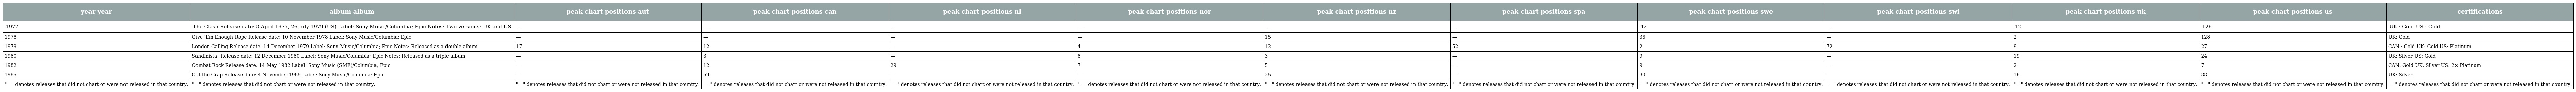
| year year | album album | peak chart positions aut | peak chart positions can | peak chart positions nl | peak chart positions nor | peak chart positions nz | peak chart positions spa | peak chart positions swe | peak chart positions swi | peak chart positions uk | peak chart positions us | certifications |
 | --- | --- | --- | --- | --- | --- | --- | --- | --- | --- | --- | --- | --- |
 | 1977 | The Clash Release date: 8 April 1977, 26 July 1979 (US) Label: Sony Music/Columbia; Epic Notes: Two versions: UK and US | — | — | — | — | — | — | 42 | — | 12 | 126 | UK : Gold US : Gold |
 | 1978 | Give 'Em Enough Rope Release date: 10 November 1978 Label: Sony Music/Columbia; Epic | — | — | — | — | 15 | — | 36 | — | 2 | 128 | UK: Gold |
 | 1979 | London Calling Release date: 14 December 1979 Label: Sony Music/Columbia; Epic Notes: Released as a double album | 17 | 12 | — | 4 | 12 | 52 | 2 | 72 | 9 | 27 | CAN : Gold UK: Gold US: Platinum |
 | 1980 | Sandinista! Release date: 12 December 1980 Label: Sony Music/Columbia; Epic Notes: Released as a triple album | — | 3 | — | 8 | 3 | — | 9 | — | 19 | 24 | UK: Silver US: Gold |
 | 1982 | Combat Rock Release date: 14 May 1982 Label: Sony Music (SME)/Columbia; Epic | — | 12 | 29 | 7 | 5 | — | 9 | — | 2 | 7 | CAN: Gold UK: Silver US: 2× Platinum |
 | 1985 | Cut the Crap Release date: 4 November 1985 Label: Sony Music/Columbia; Epic | — | 59 | — | — | 35 | — | 30 | — | 16 | 88 | UK: Silver |
 | "—" denotes releases that did not chart or were not released in that country. | "—" denotes releases that did not chart or were not released in that country. | "—" denotes releases that did not chart or were not released in that country. | "—" denotes releases that did not chart or were not released in that country. | "—" denotes releases that did not chart or were not released in that country. | "—" denotes releases that did not chart or were not released in that country. | "—" denotes releases that did not chart or were not released in that country. | "—" denotes releases that did not chart or were not released in that country. | "—" denotes releases that did not chart or were not released in that country. | "—" denotes releases that did not chart or were not released in that country. | "—" denotes releases that did not chart or were not released in that country. | "—" denotes releases that did not chart or were not released in that country. | "—" denotes releases that did not chart or were not released in that country. |